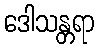
ဒေါသန္တရာ